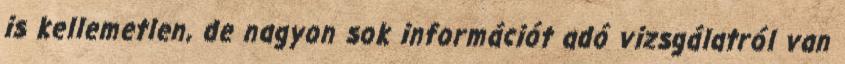
is kellemetlen, de nagyon sok információt adó vizsgálatról van